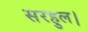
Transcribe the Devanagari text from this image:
सरहुल।